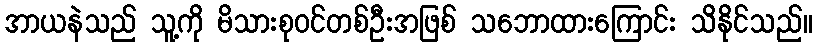
အာယနဲသည် သူ့ကို မိသားစုဝင်တစ်ဦးအဖြစ် သဘောထားကြောင်း သိနိုင်သည်။